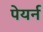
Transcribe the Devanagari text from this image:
पेयर्न